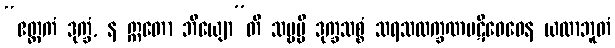
“ဧတ္တကံ ဒုက္ခံ, န ဣတော ဘိယျော”တိ သဗ္ဗမ္ပိ ဒုက္ခသစ္စံ သရသလက္ခဏပဋိဝေဓေန ယထာဘူတံ